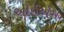
ઓઈએમ